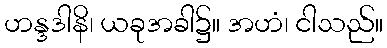
ဟန္ဒဒါနိ၊ ယခုအခါ၌။ အဟံ၊ ငါသည်။